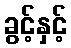
ခွင့်နှင့်